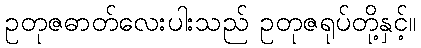
ဥတုဇဓာတ်လေးပါးသည် ဥတုဇရုပ်တို့နှင့်။